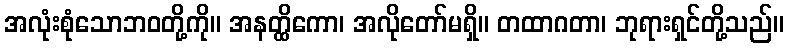
အလုံးစုံသောဘဝတို့ကို။ အနတ္ထိကော၊ အလိုတော်မရှိ။ တထာဂတာ၊ ဘုရားရှင်တို့သည်။